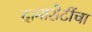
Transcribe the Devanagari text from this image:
दामाशेटींचा